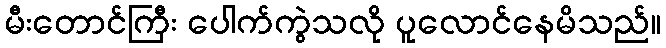
မီးတောင်ကြီး ပေါက်ကွဲသလို ပူလောင်နေမိသည်။